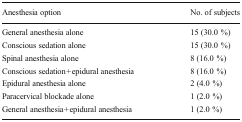
| Anesthesia option | No. of subjects |
 | --- | --- |
 | General anesthesia alone | 15 (30.0 %) |
 | Conscious sedation alone | 15 (30.0 %) |
 | Spinal anesthesia alone | 8 (16.0 %) |
 | Conscious sedation + epidural anesthesia | 8 (16.0 %) |
 | Epidural anesthesia alone | 2 (4.0 %) |
 | Paracervical blockade alone | 1 (2.0 %) |
 | General anesthesia + epidural anesthesia | 1 (2.0 %) |